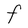
Character: F